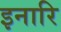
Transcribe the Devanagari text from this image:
इनारि